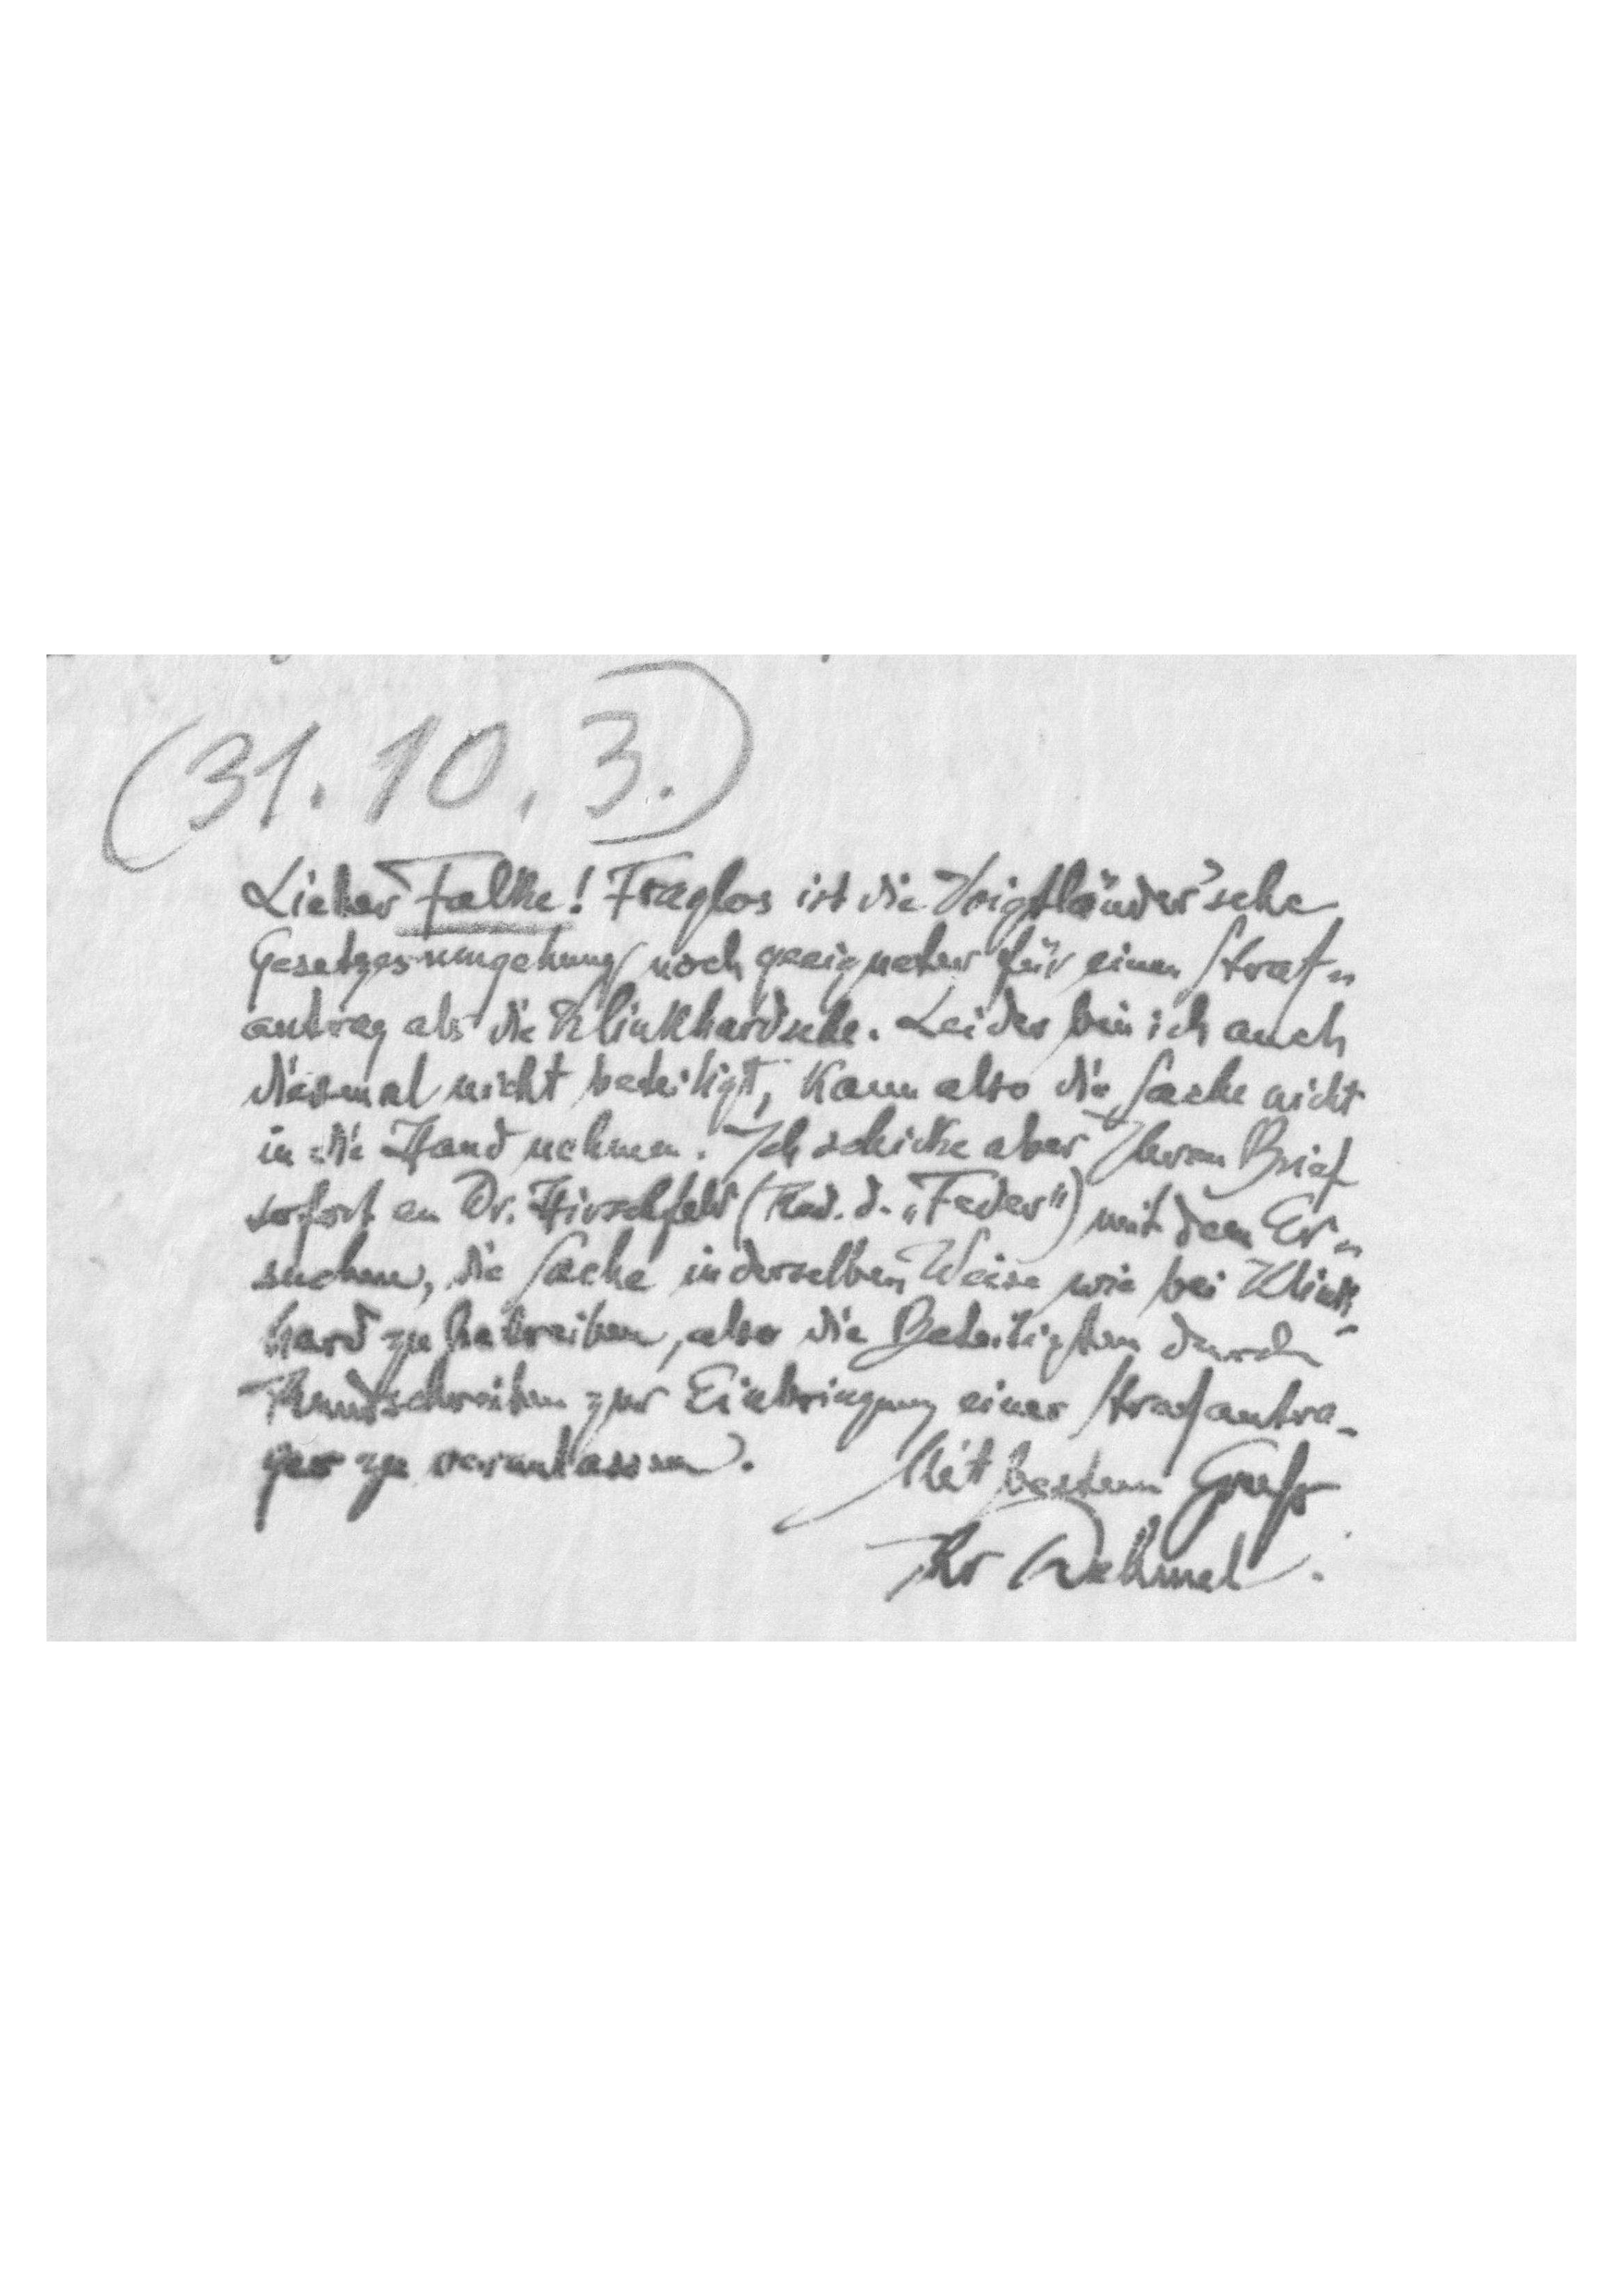
31.10.3.
Lieber Falke! Fraglos ist die Voigtländer'sche
Gesetzesumgebung noch geeigneter für einen Straf-
antrag als die Klinkhardsche. Leider bin ich auch
diesmal nicht beteiligt, kann aber die Sache nicht
in die Hand nehmen. Ich schicke aber Ihren Brief
sofort an Dr. Hirschfeld (Red. d. „Feder")mit dem Er-
suchen, die Sache in derselben Weise wie bei Klink-
hard zu betreiben, aber die Beteiligten durch
Rundtschreiben zur Einbringung eines Strafantra-
ges zu veranlassen. Mit bestem Gruß
Ihr Dehmel